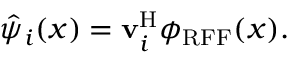
\hat { \psi } _ { i } ( x ) = \mathbf { v } _ { i } ^ { \mathrm { H } } \phi _ { \mathrm { R F F } } ( x ) .